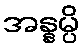
အန္နမ္ပိ